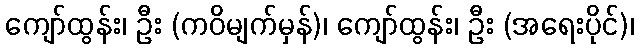
ကျော်ထွန်း၊ ဦး (ကဝိမျက်မှန်)၊ ကျော်ထွန်း၊ ဦး (အရေးပိုင်)၊